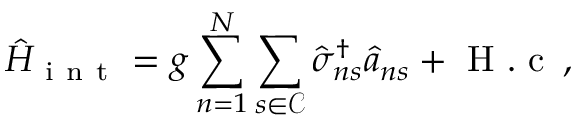
\hat { H } _ { \mathrm { ~ i ~ n ~ t ~ } } = g \sum _ { n = 1 } ^ { N } \sum _ { s \in { \mathcal C } } \hat { \sigma } _ { n s } ^ { \dagger } \hat { a } _ { n s } + \mathrm { ~ H ~ . ~ c ~ } \, ,